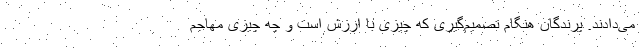
می‌دادند. پرندگان هنگام تصمیم‌گیری که چیزی با ارزش است و چه چیزی مهاجم